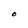
Character: O